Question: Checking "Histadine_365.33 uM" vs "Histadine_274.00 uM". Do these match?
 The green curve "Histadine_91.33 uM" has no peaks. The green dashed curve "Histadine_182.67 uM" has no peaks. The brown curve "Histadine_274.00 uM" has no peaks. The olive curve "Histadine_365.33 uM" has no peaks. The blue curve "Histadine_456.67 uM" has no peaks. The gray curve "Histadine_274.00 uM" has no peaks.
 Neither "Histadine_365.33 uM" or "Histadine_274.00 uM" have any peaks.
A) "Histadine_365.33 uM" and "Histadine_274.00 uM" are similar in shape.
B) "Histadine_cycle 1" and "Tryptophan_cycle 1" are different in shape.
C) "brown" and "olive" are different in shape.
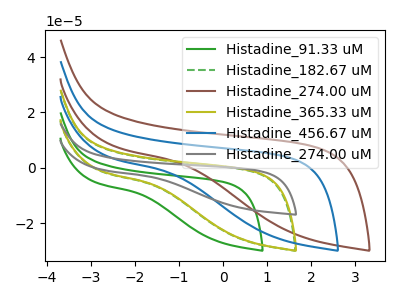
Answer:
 <answer>A) "Histadine_365.33 uM" and "Histadine_274.00 uM" are similar in shape.</answer>
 <eval>A</eval>